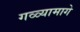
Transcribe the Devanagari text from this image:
गळ्यामागे